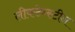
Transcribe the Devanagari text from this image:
लीकटेन्स्टीन